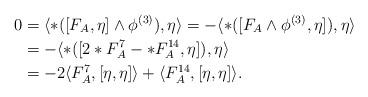
LaTeX: \begin{align*}0&=\langle\ast([F_{A},\eta]\wedge\phi^{(3)}),\eta\rangle=-\langle\ast([F_{A}\wedge\phi^{(3)},\eta]),\eta\rangle\\&=-\langle\ast([2\ast F^{7}_{A}-\ast F^{14}_{A},\eta]),\eta\rangle\\&=-2\langle F^{7}_{A},[\eta,\eta]\rangle+\langle F^{14}_{A},[\eta,\eta]\rangle.\\\end{align*}